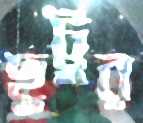
ছুট্টুর